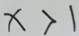
x > 1